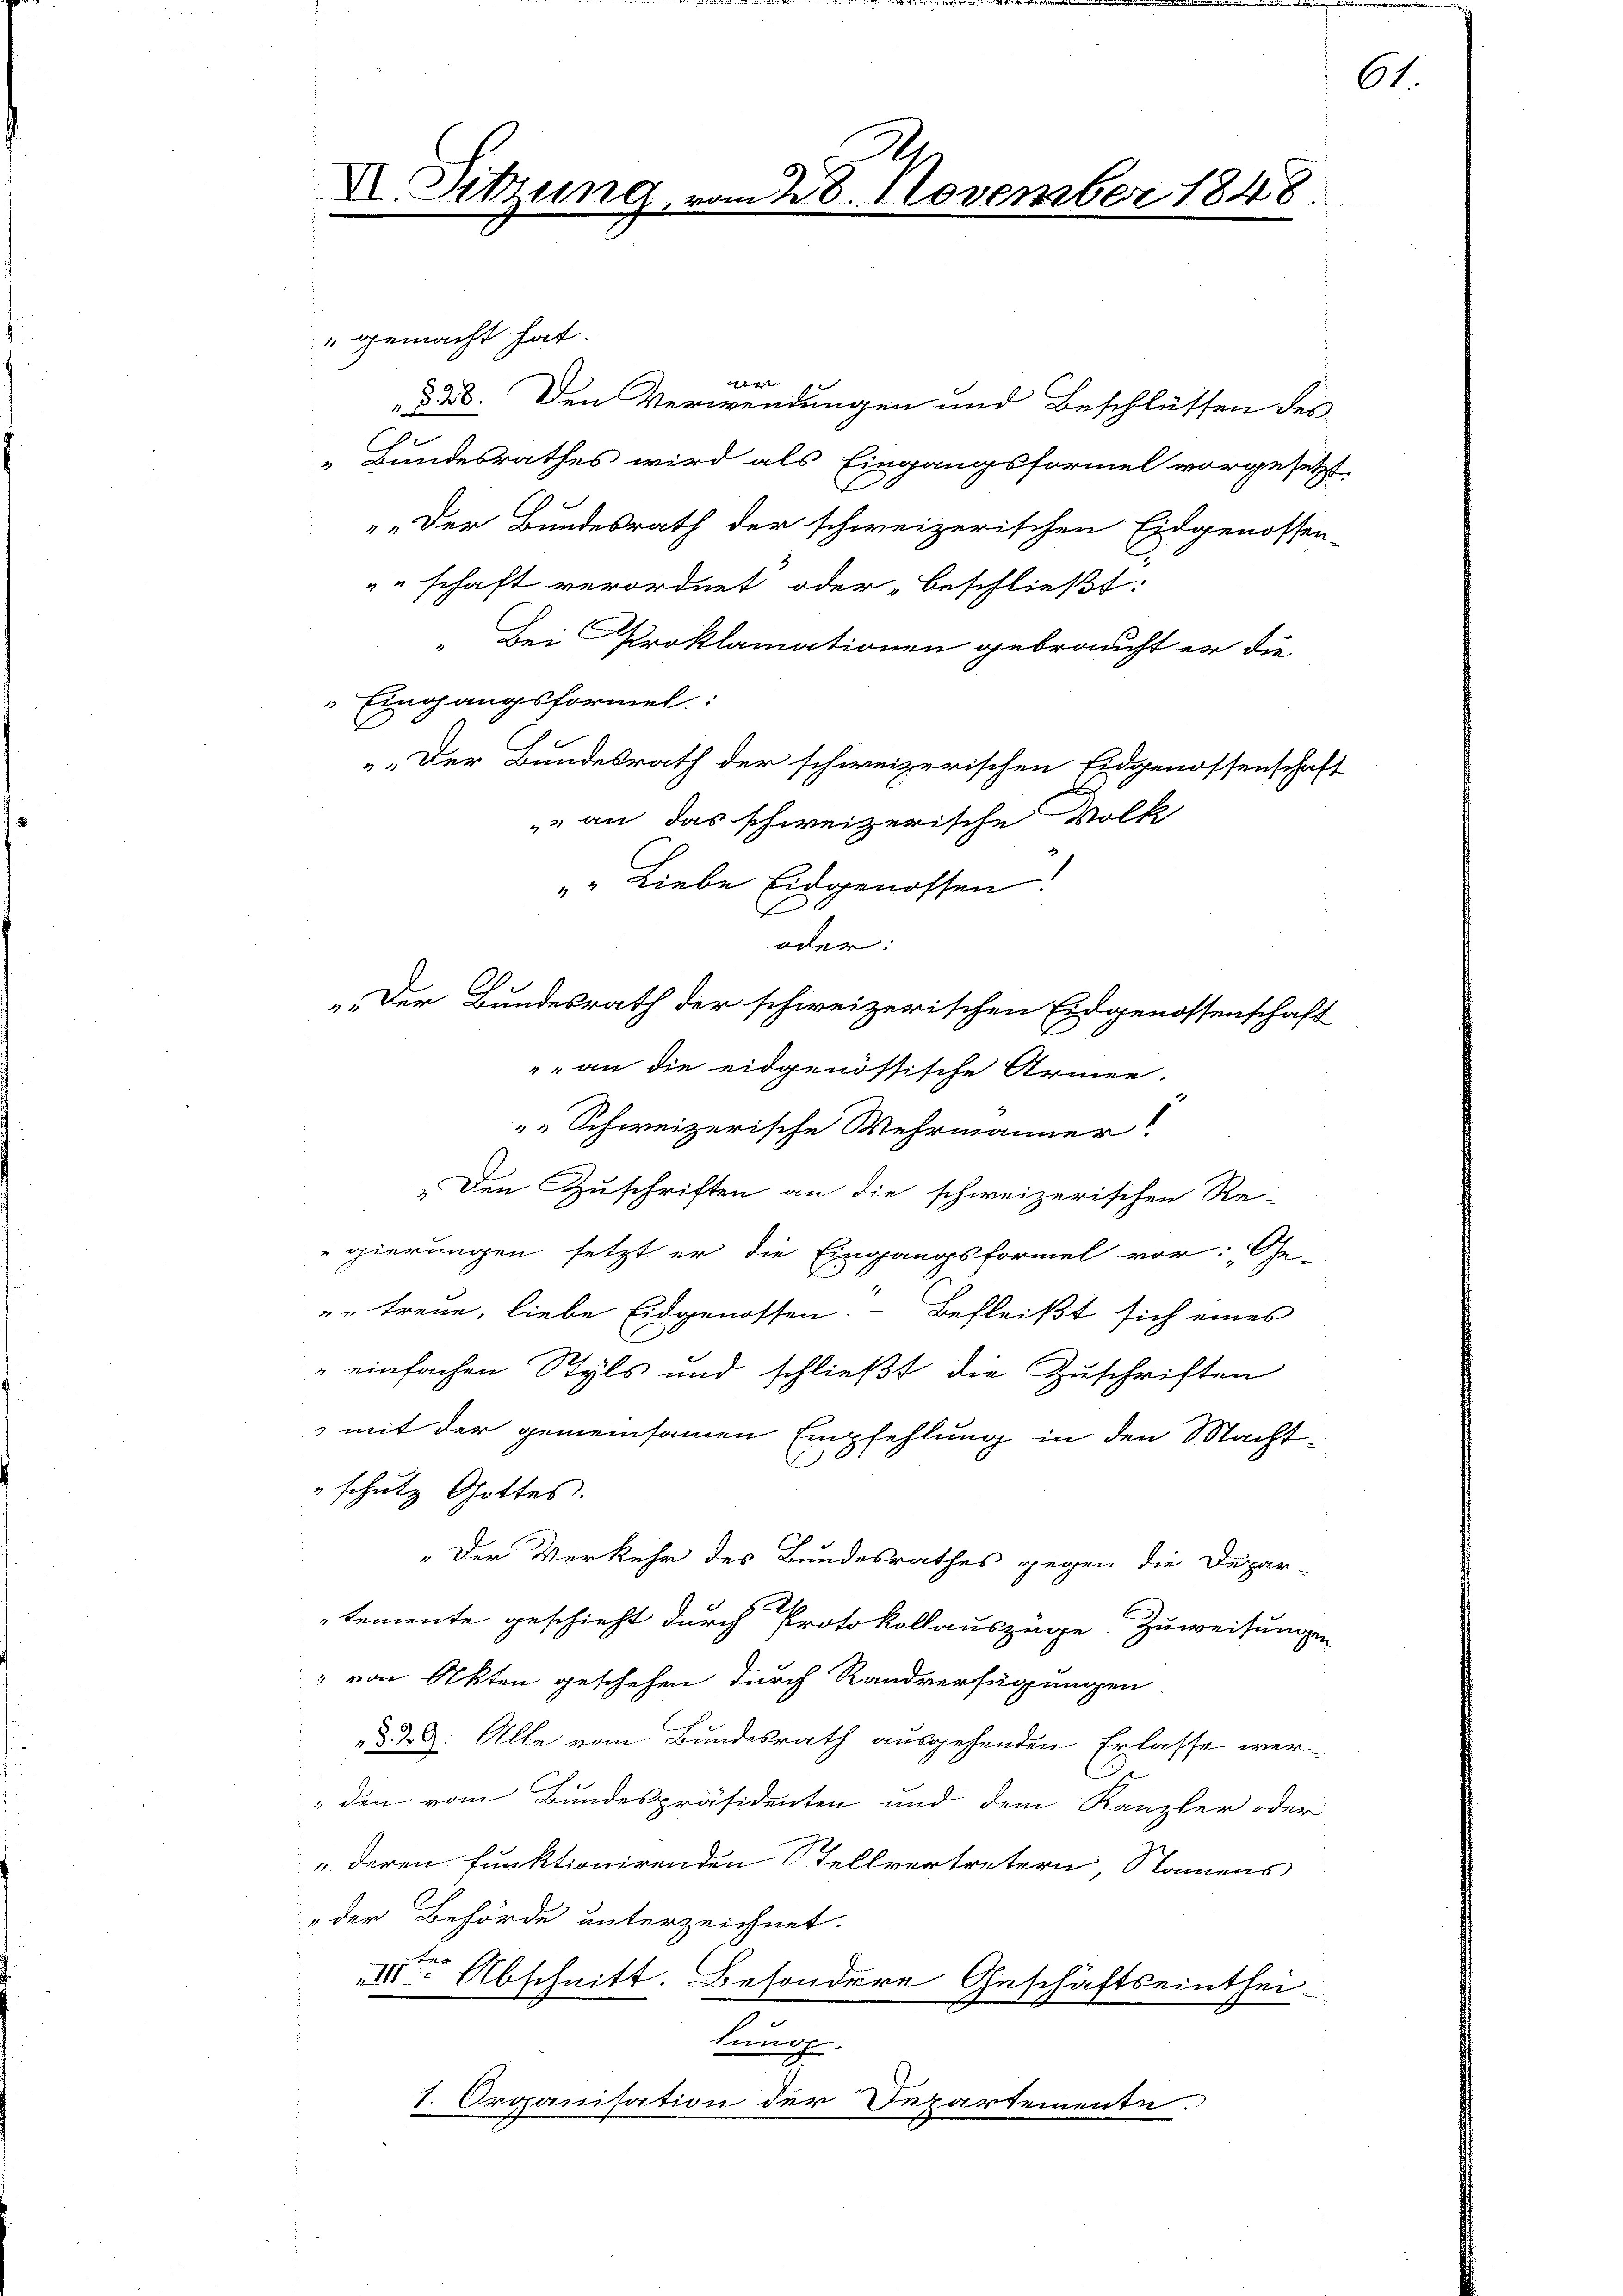
X. Sitzung vom 28. November 1848.

" gemacht hat.

§ 38. Den Verwendungen und Beschlüssen des
„Bundesrathes wird als Eingangsformel vorgesetzt.
„Der Bundesrath der schweizerischen Eidgenossen-
"schaft verordnet oder beschließt:
„Bei Proklamationen gebraucht er die
Eingangsformel
„Der Bundesrath der schweizerischen Eidgenossenschaft
» an das schweizerische Volk
". Liebe Eidgenossen:
oder:
„Der Bundesrath der schweizerischen Eidgenossenschaft
" an die eidgenössische Armee.
" Schweizerische Wehrmänner!
„Den Zuschriften an die schweizerischen Re-
gierungen setzt er die Eingangsformel vor: „Ge-
"" treue, liebe Eidgenossen. Befleißt sich eines
"einfachen Styls und schließt die Zuschriften
mit der gemeinsamen Empfehlung in den Macht-
"schutz Gottes.
„Der Verkehr des Bundesrathes gegen die Depar-
temente geschieht durch Protokollauszüge. Zuweisungen
 von Akten geschehen durch Randverfügungen
§. 28. Alle vom Bundesrath ausgehenden Erlasse werden vom Bundespräsidenten und dem Kanzler oder
„deren funktionirenden Stellvertretern, Namens
der Behörde unterzeichnet.
 Abschnitt. Besondere Geschäftseinthei-
tung.
I. Organisation der Departemente.

61.